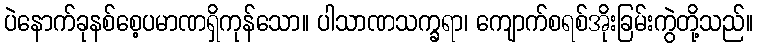
ပဲနောက်ခုနစ်စေ့ပမာဏရှိကုန်သော။ ပါသာဏသက္ခရာ၊ ကျောက်စရစ်အိုးခြမ်းကွဲတို့သည်။